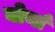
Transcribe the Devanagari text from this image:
बोर्या